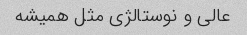
عالی و نوستالژی مثل همیشه